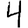
Digit: 4